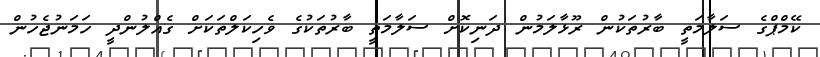
ކޭމްޕްގެ ސަލާމަތީ ބާރުތަކުން ރޫޅާލަމުން ދަނިކޮށް ސަލާމަތީ ބާރުތަކުގެ ވެހިކަލްތަކަށް ގެއްލުންދީ ހަމަނުޖެހުން